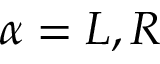
\alpha = L , R